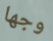
وجها